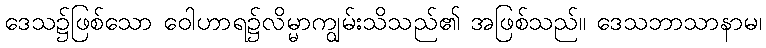
ဒေသ၌ဖြစ်သော ဝေါဟာရ၌လိမ္မာကျွမ်းသိသည်၏ အဖြစ်သည်။ ဒေသဘာသာနာမ၊